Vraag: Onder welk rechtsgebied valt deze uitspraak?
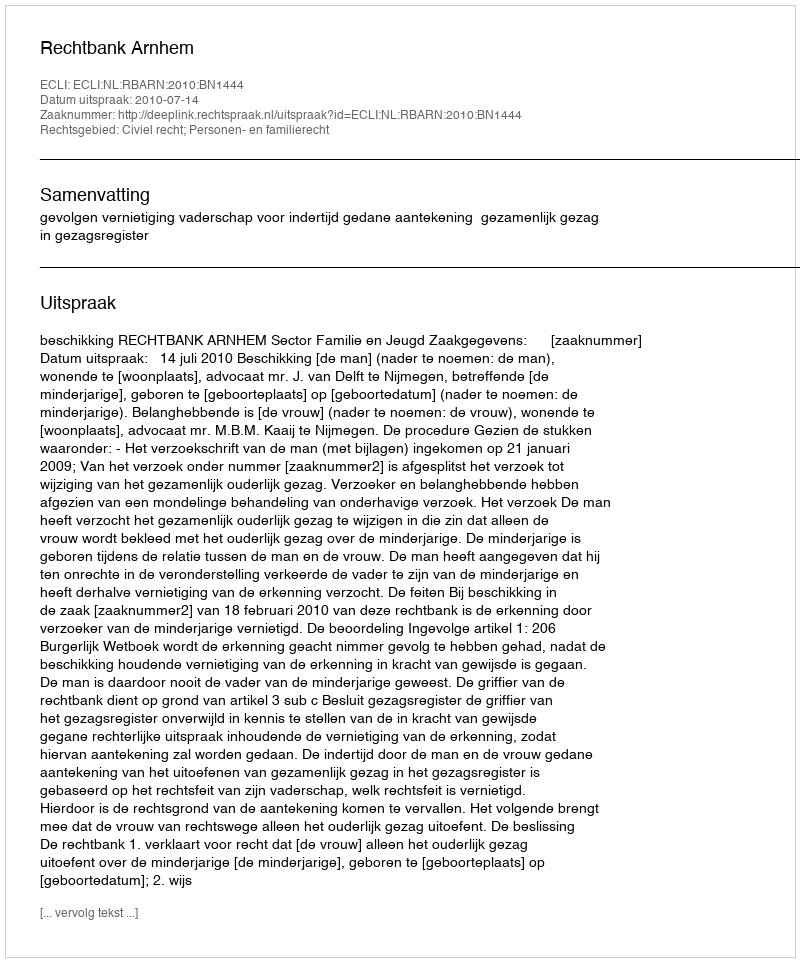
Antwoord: Civiel recht; Personen- en familierecht